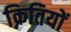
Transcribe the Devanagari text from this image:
क्रितियों